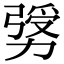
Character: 𠢛